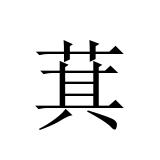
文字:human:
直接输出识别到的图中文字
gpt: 萁